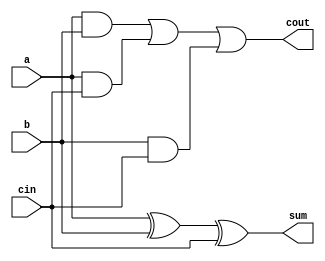
module FullAdder(a,b,cin,cout,sum);
input a, b, cin; // inputs
output cout, sum; // output
wire w1, w2, w3, w4; // internal nets
xor #(10) (w1, a, b); // delay time of 10 units
xor #(10) (sum, w1, cin);
and #(8) (w2, a, b);
and #(8) (w3, a, cin);
and #(8) (w4, b, cin);
or #(10, 8)(cout, w2, w3, w4); // (rise time of 10, fall 8)
endmodule